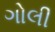
ગોલી